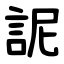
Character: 䛏